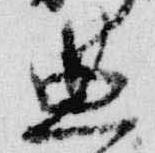
典